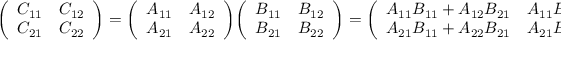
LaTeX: { \left( \begin{array} { l l } { C _ { 1 1 } } & { C _ { 1 2 } } \\ { C _ { 2 1 } } & { C _ { 2 2 } } \end{array} \right) } = { \left( \begin{array} { l l } { A _ { 1 1 } } & { A _ { 1 2 } } \\ { A _ { 2 1 } } & { A _ { 2 2 } } \end{array} \right) } { \left( \begin{array} { l l } { B _ { 1 1 } } & { B _ { 1 2 } } \\ { B _ { 2 1 } } & { B _ { 2 2 } } \end{array} \right) } = { \left( \begin{array} { l l } { A _ { 1 1 } B _ { 1 1 } + A _ { 1 2 } B _ { 2 1 } } & { A _ { 1 1 } B _ { 1 2 } + A _ { 1 2 } B _ { 2 2 } } \\ { A _ { 2 1 } B _ { 1 1 } + A _ { 2 2 } B _ { 2 1 } } & { A _ { 2 1 } B _ { 1 2 } + A _ { 2 2 } B _ { 2 2 } } \end{array} \right) }